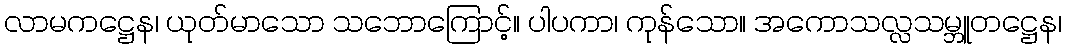
လာမကဋ္ဌေန၊ ယုတ်မာသော သဘောကြောင့်။ ပါပကာ၊ ကုန်သော။ အကောသလ္လသမ္ဘူတဋ္ဌေန၊